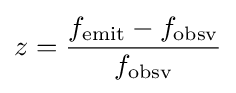
z={\frac {f_{\mathrm {emit} }-f_{\mathrm {obsv} }}{f_{\mathrm {obsv} }}}